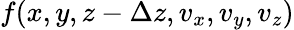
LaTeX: f(x,y,z-\Delta z,v_{x},v_{y},v_{z})